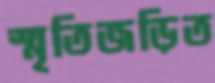
স্মৃতিজড়িত